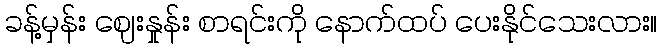
ခန့်မှန်း ဈေးနှုန်း စာရင်းကို နောက်ထပ် ပေးနိုင်သေးလား။